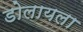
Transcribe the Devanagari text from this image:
डोलायला